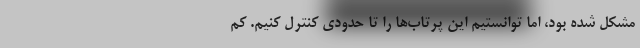
مشکل شده بود، اما توانستیم این پرتاب‌ها را تا حدودی کنترل کنیم. کم